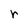
Character: r